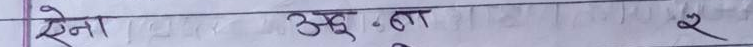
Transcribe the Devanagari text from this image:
सेना अुना २